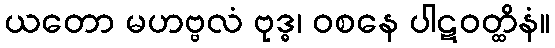
ယတော မဟဗ္ဗလံ ဗုဒ္ဓ၊ ဝစနေ ပါဋဝတ္ထိနံ။